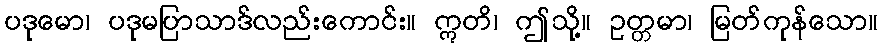
ပဒုမော၊ ပဒုမပြာသာဒ်လည်းကောင်း။ ဣတိ၊ ဤသို့။ ဥတ္တမာ၊ မြတ်ကုန်သော။